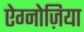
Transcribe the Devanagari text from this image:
ऐग्नोज़िया